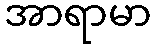
အာရာမာ